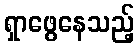
ရှာဖွေနေသည့်